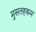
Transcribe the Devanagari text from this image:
मुसतहकम